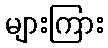
များကြား